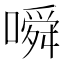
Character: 𫫰